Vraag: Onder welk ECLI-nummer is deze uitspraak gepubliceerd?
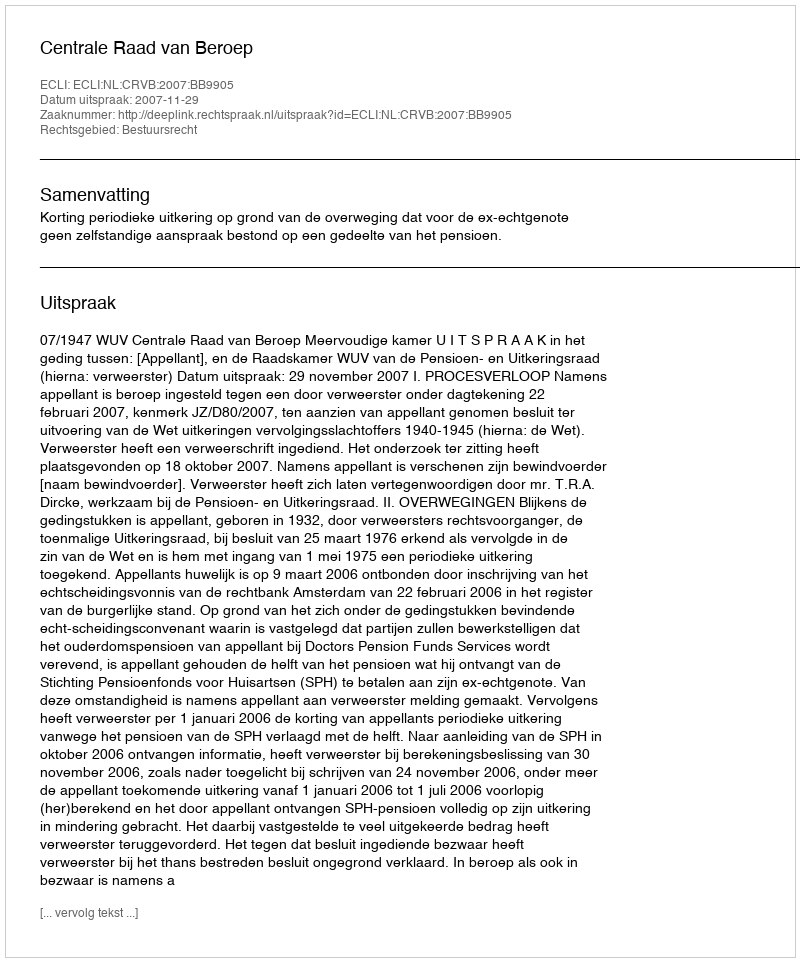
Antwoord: ECLI:NL:CRVB:2007:BB9905